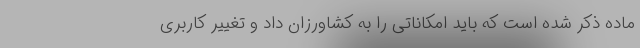
ماده ذکر شده است که باید امکاناتی را به کشاورزان داد و تغییر کاربری